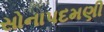
સોનાપદમણી